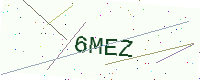
Text: 6MEZ